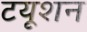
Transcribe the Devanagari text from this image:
टयूशन